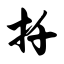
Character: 扦